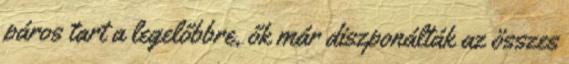
páros tart a legelőbbre, ők már diszponálták az összes